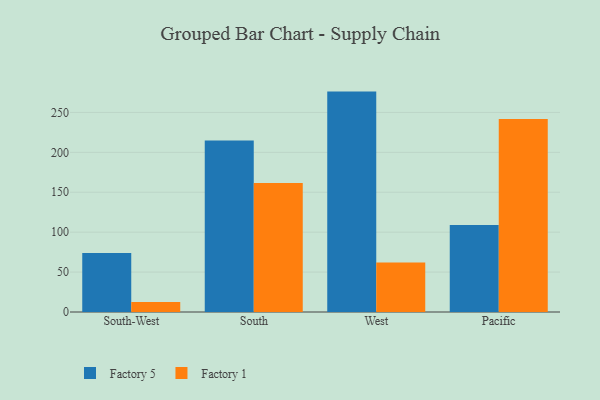
{"axis": {"x": "Region", "y": "Shipments"}, "legend": ["Factory 1", "Factory 5"], "data": [{"x": "South-West", "y": 73.9, "type": "Factory 5"}, {"x": "South-West", "y": 12.6, "type": "Factory 1"}, {"x": "South", "y": 214.9, "type": "Factory 5"}, {"x": "South", "y": 161.5, "type": "Factory 1"}, {"x": "West", "y": 276.1, "type": "Factory 5"}, {"x": "West", "y": 61.9, "type": "Factory 1"}, {"x": "Pacific", "y": 109.1, "type": "Factory 5"}, {"x": "Pacific", "y": 241.9, "type": "Factory 1"}]}